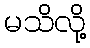
မသိလို့